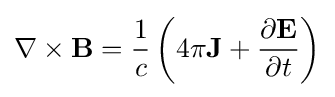
\nabla \times \mathbf {B} ={\frac {1}{c}}\left(4\pi \mathbf {J} +{\frac {\partial \mathbf {E} }{\partial t}}\right)